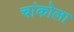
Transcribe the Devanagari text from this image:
चांकोला